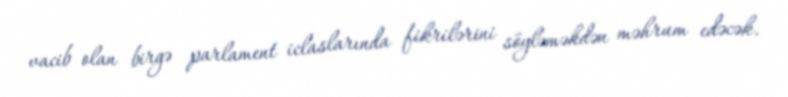
vacib olan birgə parlament iclaslarında fikrilərini söyləməkdən məhrum edəcək.